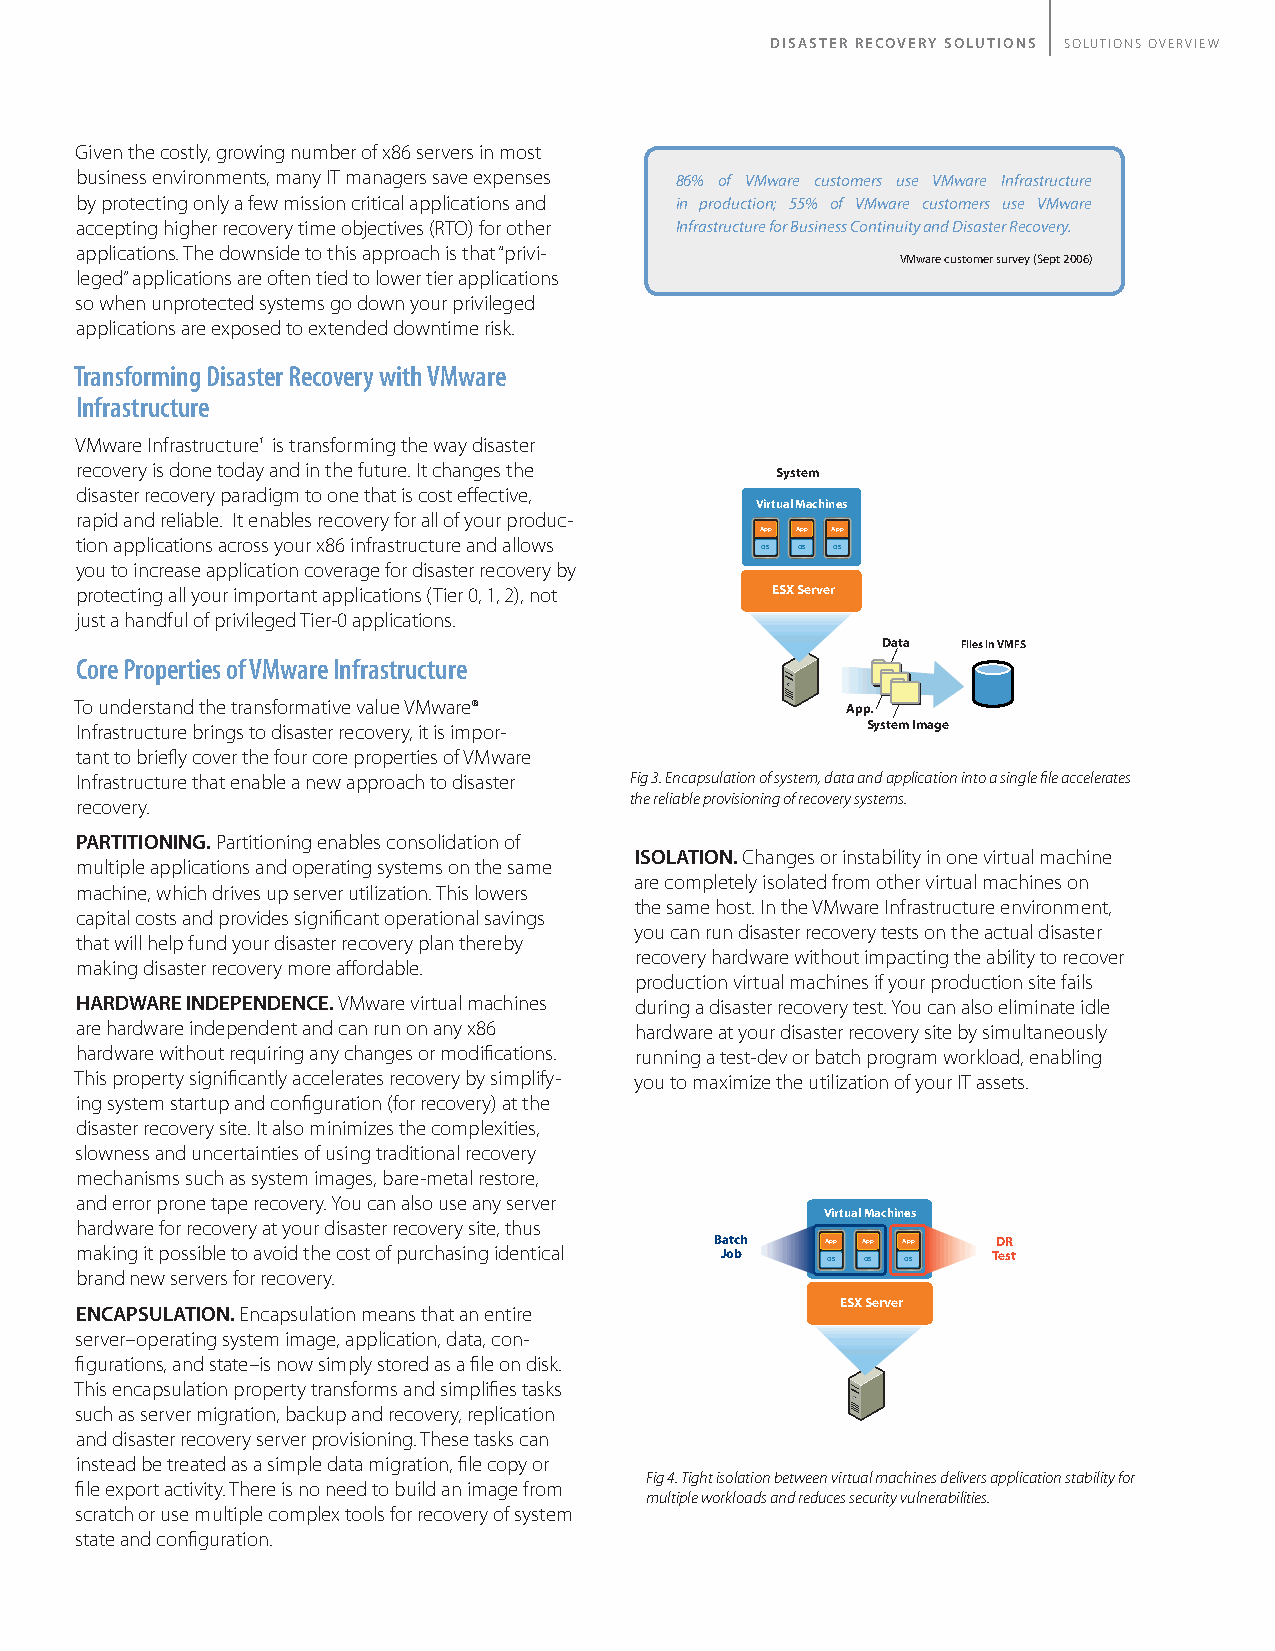
DISASTER RECOVERY SOLUTIONS SOLUTIONS OVERVIEW
 Given the costly, growing number of x86 servers in most
 business environments, many IT managers save expenses 86% of VMware customers use VMware Infrastructure
 by protecting only a few mission critical applications and in production; 55% of VMware customers use VMware
 accepting higher recovery time objectives (RTO) for other Infrastructure for Business Continuity and Disaster Recovery.
 applications. The downside to this approach is that “privi-
 VMware customer survey (Sept 2006)
 leged” applications are often tied to lower tier applications
 so when unprotected systems go down your privileged
 applications are exposed to extended downtime risk.
 Transforming Disaster Recovery with VMware
 Infrastructure
 VMware Infrastructure1 is transforming the way disaster
 recovery is done today and in the future. It changes the System
 disaster recovery paradigm to one that is cost effective,
 Virtual Machines
 rapid and reliable. It enables recovery for all of your produc-
 App App App
 tion applications across your x86 infrastructure and allows
 OS OS OS
 you to increase application coverage for disaster recovery by
 protecting all your important applications (Tier 0, 1, 2), not ESX Server
 just a handful of privileged Tier-0 applications.
 Data  Files in VMFS
 Core Properties of VMware Infrastructure
 To understand the transformative value VMware®     App.
 Infrastructure brings to disaster recovery, it is impor- System Image
 tant to briefly cover the four core properties of VMware
 Infrastructure that enable a new approach to disaster Fig 3. Encapsulation of system, data and application into a single file accelerates
 the reliable provisioning of recovery systems.
 recovery.
 PARTITIONING. Partitioning enables consolidation of
 ISOLATION. Changes or instability in one virtual machine
 multiple applications and operating systems on the same
 are completely isolated from other virtual machines on
 machine, which drives up server utilization. This lowers
 the same host. In the VMware Infrastructure environment,
 capital costs and provides significant operational savings
 you can run disaster recovery tests on the actual disaster
 that will help fund your disaster recovery plan thereby
 recovery hardware without impacting the ability to recover
 making disaster recovery more affordable.
 production virtual machines if your production site fails
 HARDWARE INDEPENDENCE. VMware virtual machines during a disaster recovery test. You can also eliminate idle
 are hardware independent and can run on any x86 hardware at your disaster recovery site by simultaneously
 hardware without requiring any changes or modifications. running a test-dev or batch program workload, enabling
 This property significantly accelerates recovery by simplify- you to maximize the utilization of your IT assets.
 ing system startup and configuration (for recovery) at the
 disaster recovery site. It also minimizes the complexities,
 slowness and uncertainties of using traditional recovery
 mechanisms such as system images, bare-metal restore,
 and error prone tape recovery. You can also use any server
 Virtual Machines
 hardware for recovery at your disaster recovery site, thus
 Batch   App App App DR
 making it possible to avoid the cost of purchasing identical Job Test
 OS OS OS
 brand new servers for recovery.
 ESX Server
 ENCAPSULATION. Encapsulation means that an entire
 server–operating system image, application, data, con-
 figurations, and state–is now simply stored as a file on disk.
 This encapsulation property transforms and simplifies tasks
 such as server migration, backup and recovery, replication
 and disaster recovery server provisioning. These tasks can
 instead be treated as a simple data migration, file copy or
 Fig 4. Tight isolation between virtual machines delivers application stability for
 file export activity. There is no need to build an image from
 multiple workloads and reduces security vulnerabilities.
 scratch or use multiple complex tools for recovery of system
 state and configuration.